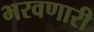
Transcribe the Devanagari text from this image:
भरवणारी